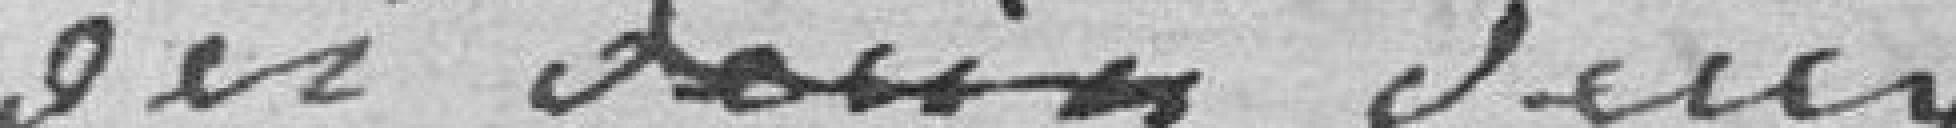
des deux